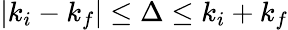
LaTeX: |k_{i}-k_{f}|\leq\Delta\leq k_{i}+k_{f}